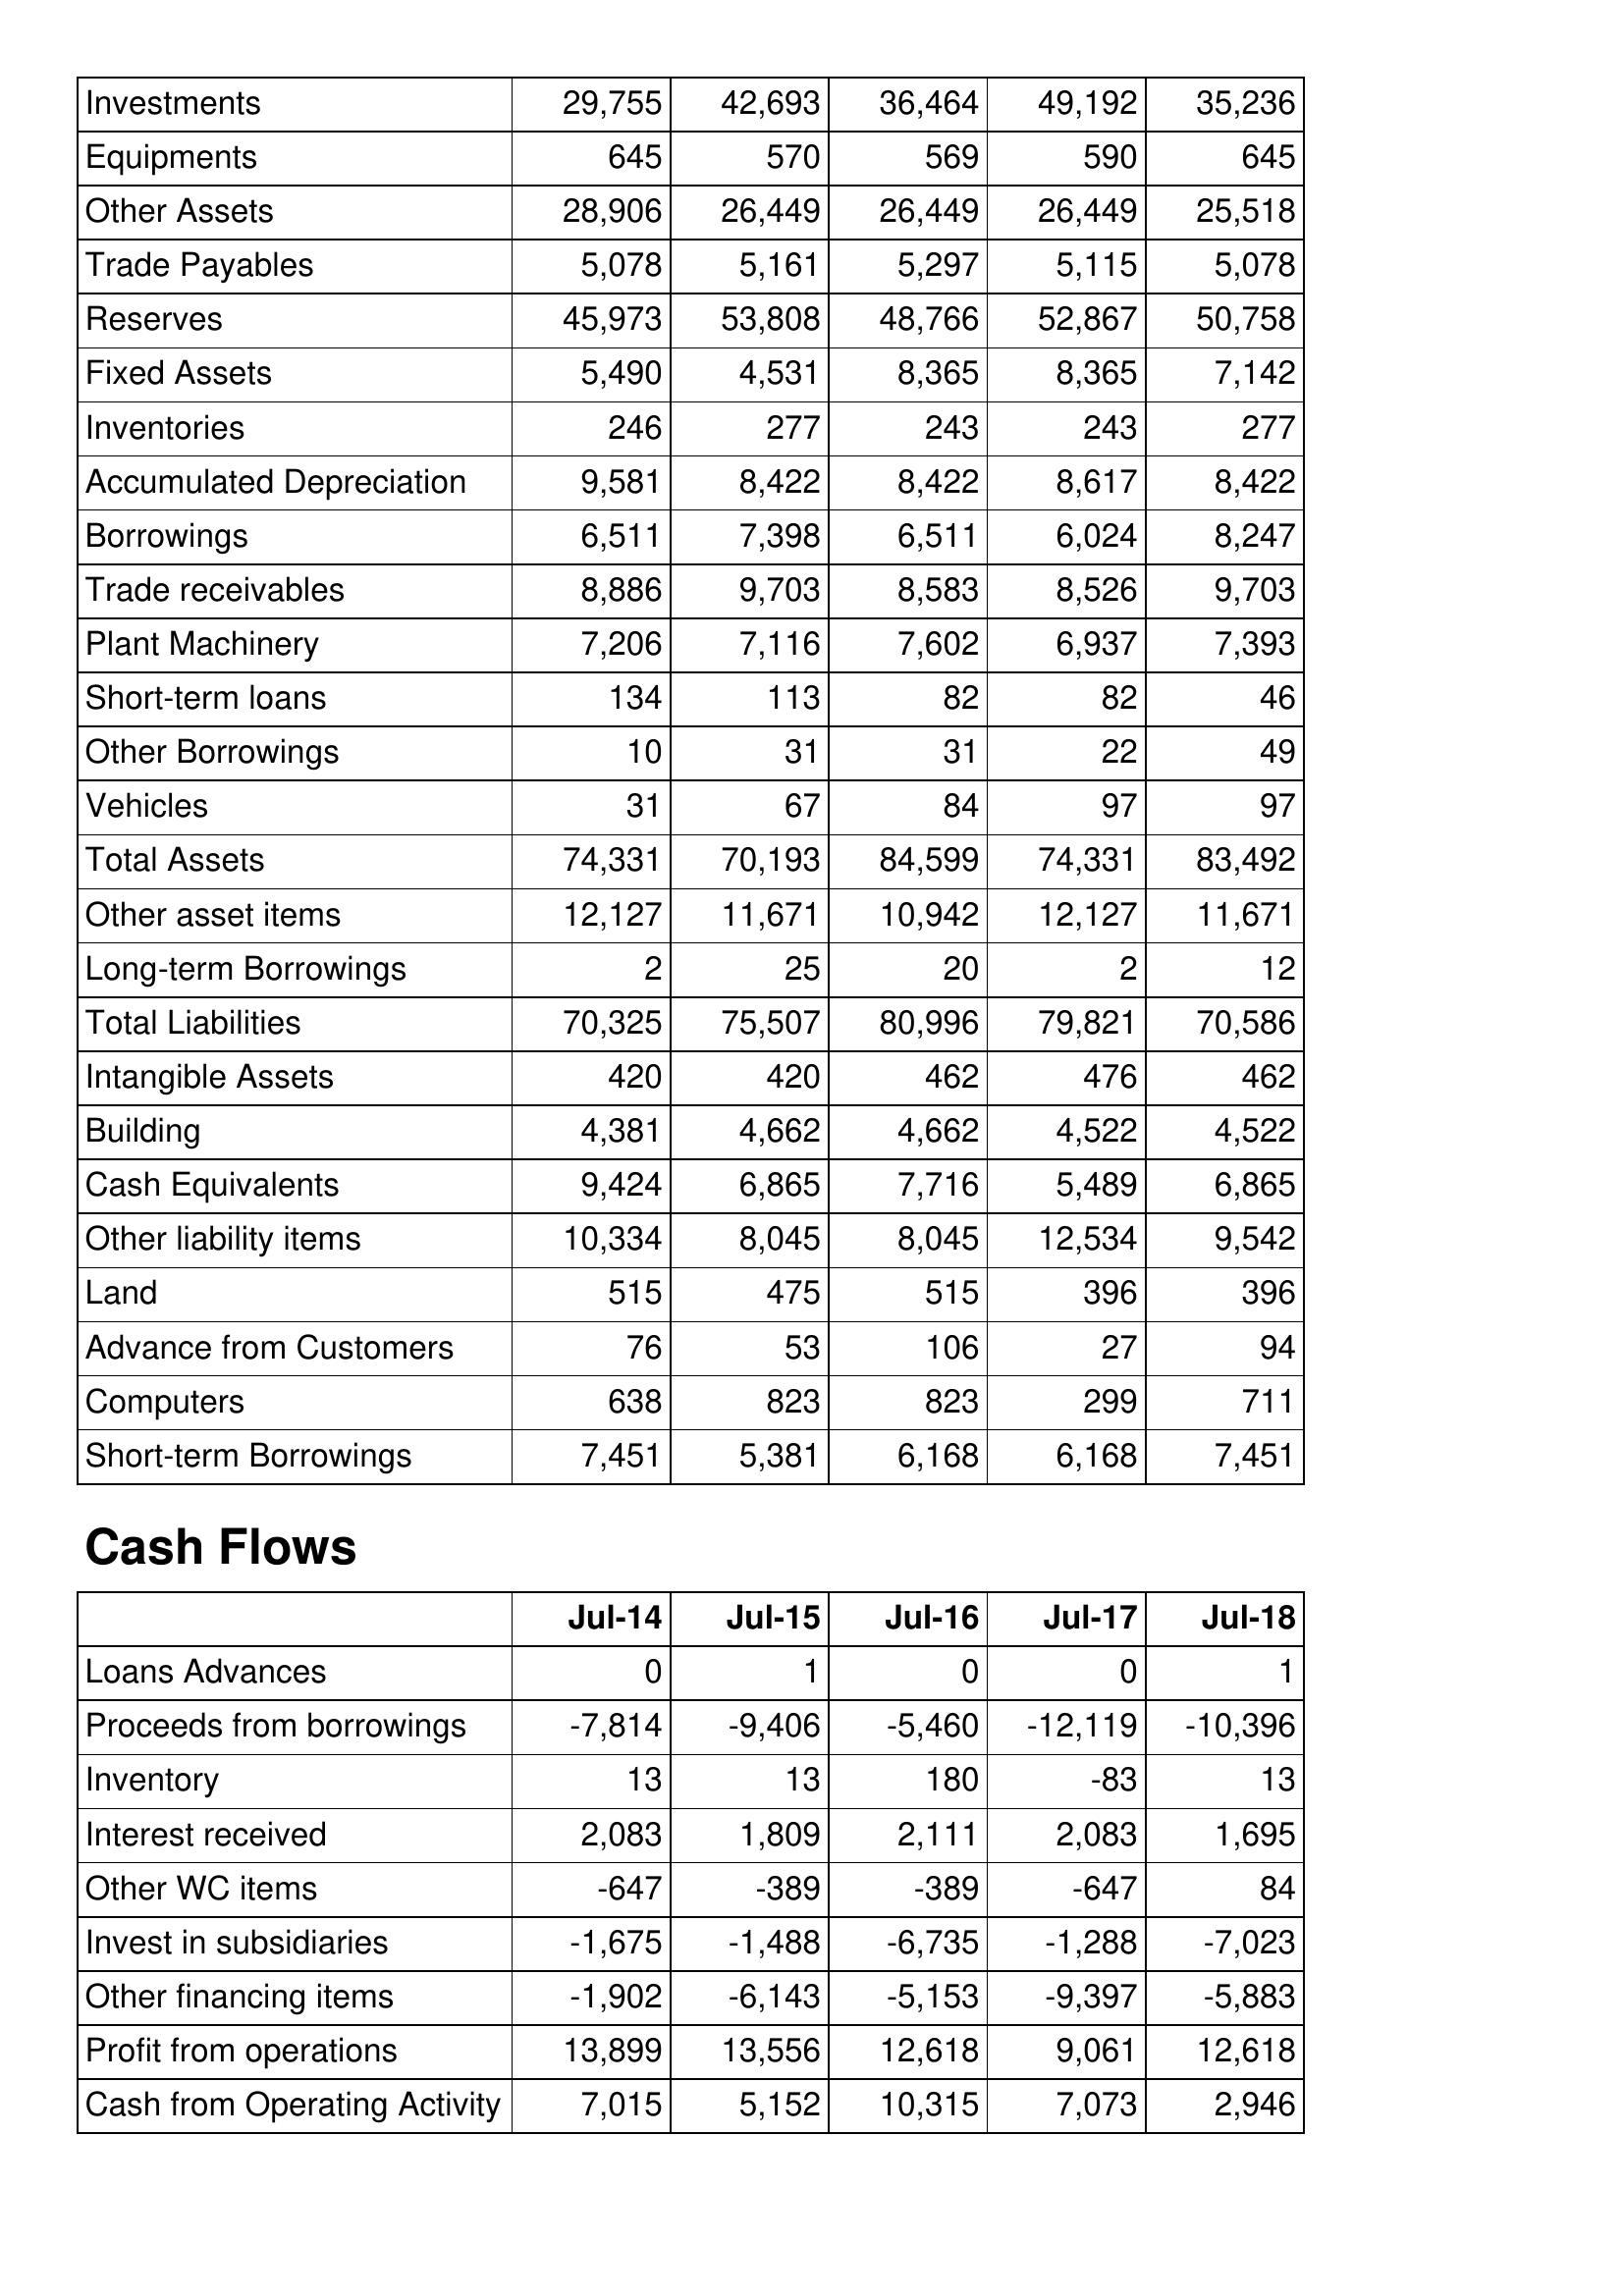
Jul-14: Balance Sheet: Investments: 29,755
Equipments: 645
Other Assets: 28,906
Trade Payables: 5,078
Reserves: 45,973
Fixed Assets: 5,490
Inventories: 246
Accumulated Depreciation: 9,581
Borrowings: 6,511
Trade receivables: 8,886
Plant Machinery: 7,206
Short-term loans: 134
Other Borrowings: 10
Vehicles: 31
Total Assets: 74,331
Other asset items: 12,127
Long-term Borrowings: 2
Total Liabilities: 70,325
Intangible Assets: 420
Building: 4,381
Cash Equivalents: 9,424
Other liability items: 10,334
Land: 515
Advance from Customers: 76
Computers: 638
Short-term Borrowings: 7,451
Cash Flows: Loans Advances: 0
Proceeds from borrowings: -7,814
Inventory: 13
Interest received: 2,083
Other WC items: -647
Invest in subsidiaries: -1,675
Other financing items: -1,902
Profit from operations: 13,899
Cash from Operating Activity: 7,015
Jul-15: Balance Sheet: Investments: 42,693
Equipments: 570
Other Assets: 26,449
Trade Payables: 5,161
Reserves: 53,808
Fixed Assets: 4,531
Inventories: 277
Accumulated Depreciation: 8,422
Borrowings: 7,398
Trade receivables: 9,703
Plant Machinery: 7,116
Short-term loans: 113
Other Borrowings: 31
Vehicles: 67
Total Assets: 70,193
Other asset items: 11,671
Long-term Borrowings: 25
Total Liabilities: 75,507
Intangible Assets: 420
Building: 4,662
Cash Equivalents: 6,865
Other liability items: 8,045
Land: 475
Advance from Customers: 53
Computers: 823
Short-term Borrowings: 5,381
Cash Flows: Loans Advances: 1
Proceeds from borrowings: -9,406
Inventory: 13
Interest received: 1,809
Other WC items: -389
Invest in subsidiaries: -1,488
Other financing items: -6,143
Profit from operations: 13,556
Cash from Operating Activity: 5,152
Jul-16: Balance Sheet: Investments: 36,464
Equipments: 569
Other Assets: 26,449
Trade Payables: 5,297
Reserves: 48,766
Fixed Assets: 8,365
Inventories: 243
Accumulated Depreciation: 8,422
Borrowings: 6,511
Trade receivables: 8,583
Plant Machinery: 7,602
Short-term loans: 82
Other Borrowings: 31
Vehicles: 84
Total Assets: 84,599
Other asset items: 10,942
Long-term Borrowings: 20
Total Liabilities: 80,996
Intangible Assets: 462
Building: 4,662
Cash Equivalents: 7,716
Other liability items: 8,045
Land: 515
Advance from Customers: 106
Computers: 823
Short-term Borrowings: 6,168
Cash Flows: Loans Advances: 0
Proceeds from borrowings: -5,460
Inventory: 180
Interest received: 2,111
Other WC items: -389
Invest in subsidiaries: -6,735
Other financing items: -5,153
Profit from operations: 12,618
Cash from Operating Activity: 10,315
Jul-17: Balance Sheet: Investments: 49,192
Equipments: 590
Other Assets: 26,449
Trade Payables: 5,115
Reserves: 52,867
Fixed Assets: 8,365
Inventories: 243
Accumulated Depreciation: 8,617
Borrowings: 6,024
Trade receivables: 8,526
Plant Machinery: 6,937
Short-term loans: 82
Other Borrowings: 22
Vehicles: 97
Total Assets: 74,331
Other asset items: 12,127
Long-term Borrowings: 2
Total Liabilities: 79,821
Intangible Assets: 476
Building: 4,522
Cash Equivalents: 5,489
Other liability items: 12,534
Land: 396
Advance from Customers: 27
Computers: 299
Short-term Borrowings: 6,168
Cash Flows: Loans Advances: 0
Proceeds from borrowings: -12,119
Inventory: -83
Interest received: 2,083
Other WC items: -647
Invest in subsidiaries: -1,288
Other financing items: -9,397
Profit from operations: 9,061
Cash from Operating Activity: 7,073
Jul-18: Balance Sheet: Investments: 35,236
Equipments: 645
Other Assets: 25,518
Trade Payables: 5,078
Reserves: 50,758
Fixed Assets: 7,142
Inventories: 277
Accumulated Depreciation: 8,422
Borrowings: 8,247
Trade receivables: 9,703
Plant Machinery: 7,393
Short-term loans: 46
Other Borrowings: 49
Vehicles: 97
Total Assets: 83,492
Other asset items: 11,671
Long-term Borrowings: 12
Total Liabilities: 70,586
Intangible Assets: 462
Building: 4,522
Cash Equivalents: 6,865
Other liability items: 9,542
Land: 396
Advance from Customers: 94
Computers: 711
Short-term Borrowings: 7,451
Cash Flows: Loans Advances: 1
Proceeds from borrowings: -10,396
Inventory: 13
Interest received: 1,695
Other WC items: 84
Invest in subsidiaries: -7,023
Other financing items: -5,883
Profit from operations: 12,618
Cash from Operating Activity: 2,946